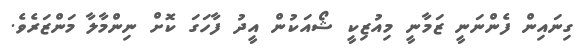
ގިނައިން ފެންނަނީ ޒަމާނީ މިއުޒިކީ ޝޯއަކުން އީދު ފާހަގަ ކޮށް ނިންމާލާ މަންޒަރެވެ.